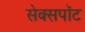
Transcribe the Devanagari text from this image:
सेक्सपॉट